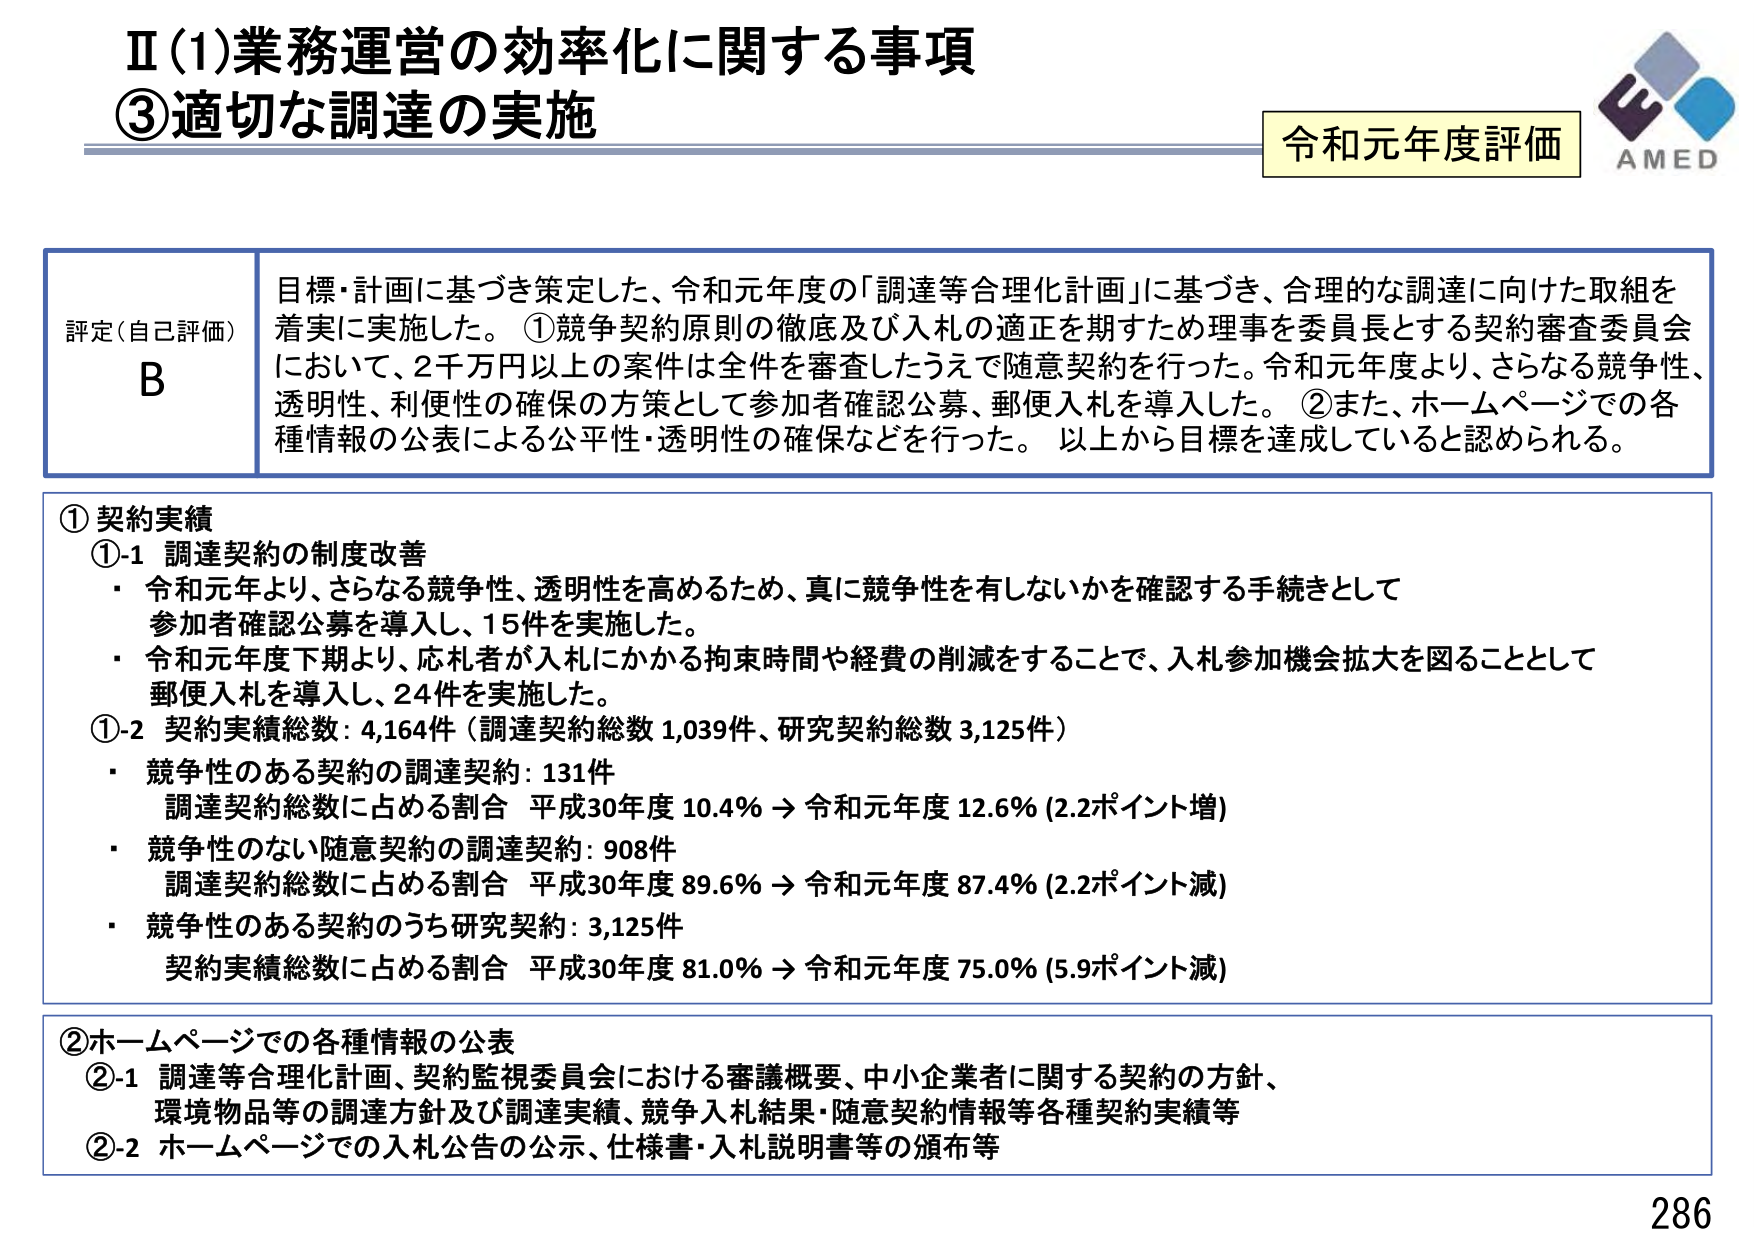
Ⅱ(1)業務運営の効率化に関する事項
③適切な調達の実施

令和元年度評価
AMED

評定(自己評価)
B
目標・計画に基づき策定した、令和元年度の「調達等合理化計画」に基づき、合理的な調達に向けた取組を着実に実施した。①競争契約原則の徹底及び入札の適正を期すため理事を委員長とする契約審査委員会において、2千万円以上の案件は全件を審査したうえで随意契約を行った。令和元年度より、さらなる競争性、透明性、利便性の確保の方策として参加者確認公募、郵便入札を導入した。②また、ホームページでの各種情報の公表による公平性・透明性の確保などを行った。以上から目標を達成していると認められる。

①契約実績
①-1 調達契約の制度改善
・令和元年より、さらなる競争性、透明性を高めるため、真に競争性を有しないかを確認する手続きとして参加者確認公募を導入し、15件を実施した。
・令和元年度下期より、応札者が入札にかかる拘束時間や経費の削減をすることで、入札参加機会拡大を図ることとして郵便入札を導入し、24件を実施した。
①-2 契約実績総数：4,164件（調達契約総数 1,039件、研究契約総数 3,125件）
・競争性のある契約の調達契約：131件
　調達契約総数に占める割合 平成30年度 10.4% → 令和元年度 12.6% (2.2ポイント増)
・競争性のない随意契約の調達契約：908件
　調達契約総数に占める割合 平成30年度 89.6% → 令和元年度 87.4% (2.2ポイント減)
・競争性のある契約のうち研究契約：3,125件
　契約実績総数に占める割合 平成30年度 81.0% → 令和元年度 75.0% (5.9ポイント減)

②ホームページでの各種情報の公表
②-1 調達等合理化計画、契約監視委員会における審議概要、中小企業者に関する契約の方針、環境物品等の調達方針及び調達実績、競争入札結果・随意契約情報等各種契約実績等
②-2 ホームページでの入札公告の公示、仕様書・入札説明書等の頒布等

286